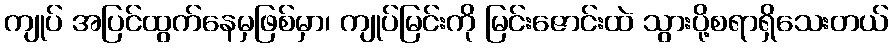
ကျုပ် အပြင်ထွက်နေမှဖြစ်မှာ၊ ကျုပ်မြင်းကို မြင်းဇောင်းထဲ သွားပို့စရာရှိသေးတယ်